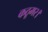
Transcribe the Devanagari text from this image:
कठूमर।